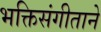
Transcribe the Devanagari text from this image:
भक्तिसंगीताने